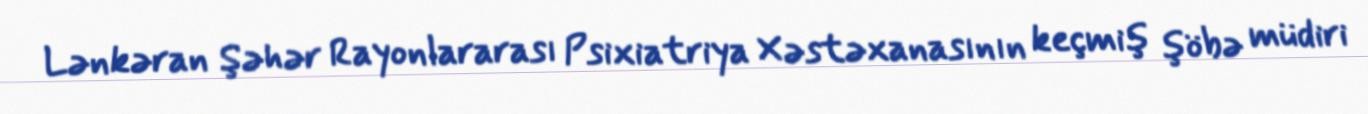
Lənkəran Şəhər Rayonlararası Psixiatriya Xəstəxanasının keçmiş şöbə müdiri